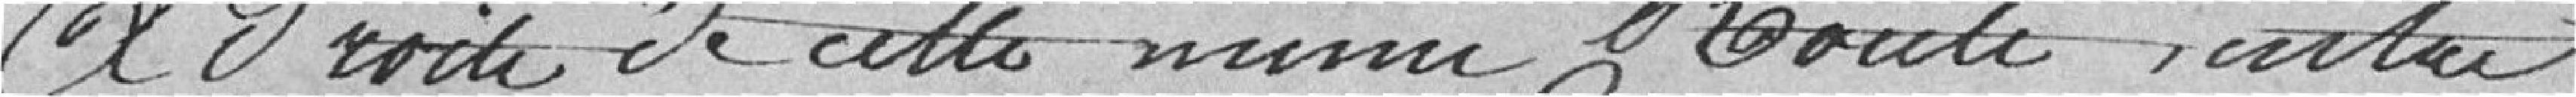
A droite de cette même route, autre